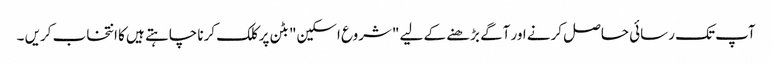
آپ تک رسائی حاصل کرنے اور آگے بڑھنے کے لیے "شروع اسکین" بٹن پر کلک کرنا چاہتے ہیں کا انتخاب کریں ۔